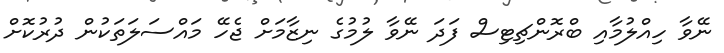
ނޭވާ ހިއްލުމާއި ބްރޮންޗިޓިސް ފަދަ ނޭވާ ލުމުގެ ނިޒާމަށް ޖެހޭ މައްސަލަތަކުން ދުރުކޮށް